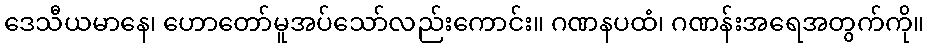
ဒေသီယမာနေ၊ ဟောတော်မူအပ်သော်လည်းကောင်း။ ဂဏနပထံ၊ ဂဏန်းအရေအတွက်ကို။